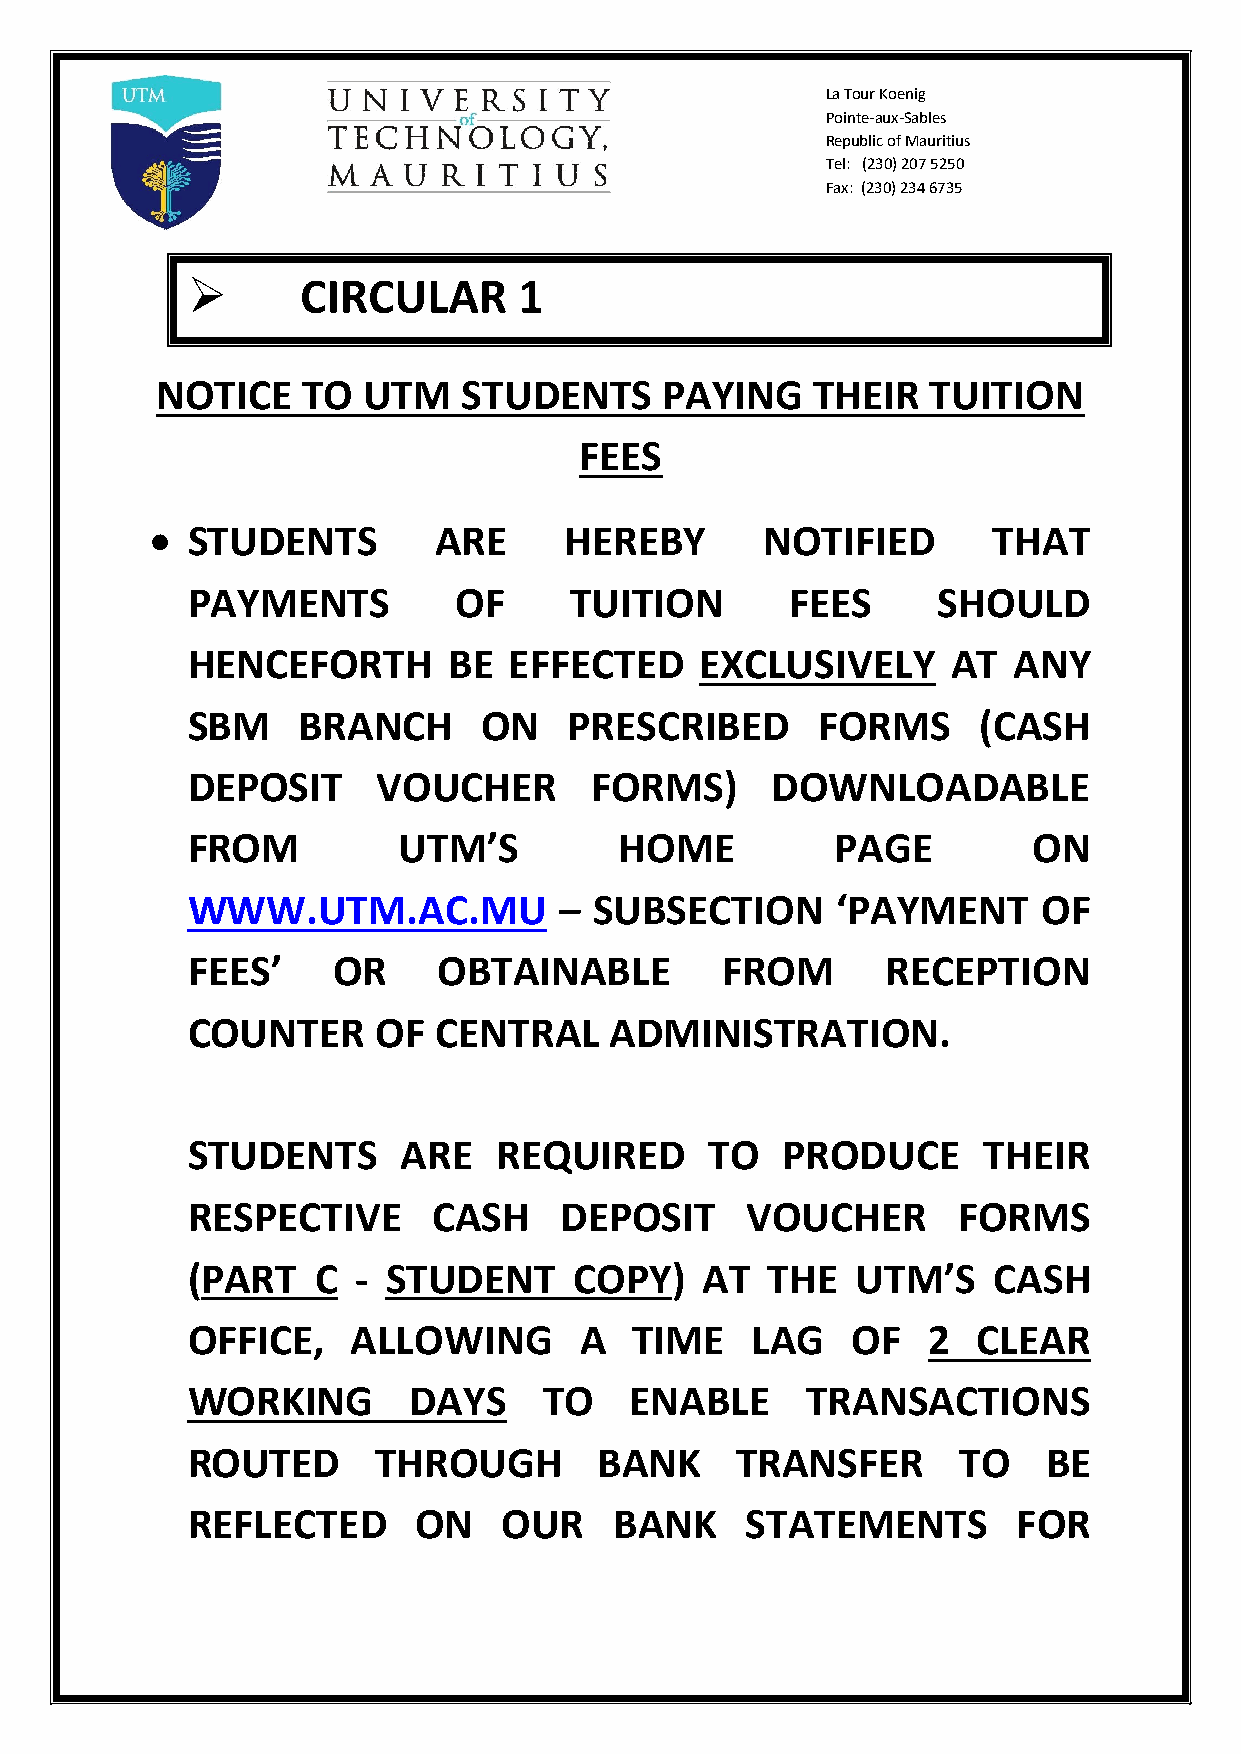
La Tour Koenig
 Pointe-aux-Sables
 Republic of Mauritius
 Tel: (230) 207 5250
 Fax: (230) 234 6735
        CIRCULAR      1
 NOTICE    TO  UTM    STUDENTS     PAYING    THEIR   TUITION
 FEES
  STUDENTS         ARE     HEREBY        NOTIFIED       THAT
 PAYMENTS          OF      TUITION       FEES      SHOULD
 HENCEFORTH        BE  EFFECTED    EXCLUSIVELY      AT  ANY
 SBM     BRANCH      ON    PRESCRIBED      FORMS      (CASH
 DEPOSIT      VOUCHER       FORMS)      DOWNLOADABLE
 FROM          UTM’S          HOME          PAGE         ON
 WWW.UTM.AC.MU            – SUBSECTION      ‘PAYMENT      OF
 FEES’     OR     OBTAINABLE         FROM       RECEPTION
 COUNTER      OF  CENTRAL    ADMINISTRATION.
 STUDENTS       ARE   REQUIRED      TO   PRODUCE      THEIR
 RESPECTIVE       CASH    DEPOSIT     VOUCHER       FORMS
 (PART    C -  STUDENT     COPY)    AT  THE   UTM’S    CASH
 OFFICE,    ALLOWING       A   TIME    LAG   OF   2   CLEAR
 WORKING        DAYS     TO    ENABLE     TRANSACTIONS
 ROUTED       THROUGH        BANK     TRANSFER       TO   BE
 REFLECTED       ON   OUR     BANK    STATEMENTS        FOR